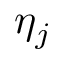
\eta _ { j }